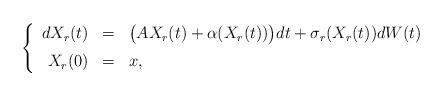
LaTeX: \begin{align*}\left\{\begin{array}{rcl}dX_r(t) & = & \big( A X_r(t) + \alpha(X_r(t)) \big) dt + \sigma_r(X_r(t)) dW(t)\medskip\\ X_r(0) & = & x,\end{array}\right.\end{align*}